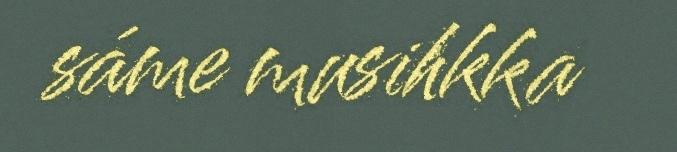
sáme musihkka